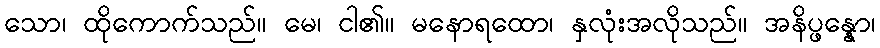
သော၊ ထိုကောက်သည်။ မေ၊ ငါ၏။ မနောရထော၊ နှလုံးအလိုသည်။ အနိပ္ဖန္နော၊